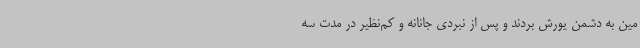
مین به دشمن یورش بردند و پس از نبردی‌ جانانه‌ و کم‌نظیر در مدت‌ سه